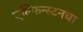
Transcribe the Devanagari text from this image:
एल्फिन्स्टनचा